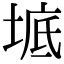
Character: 𡍓